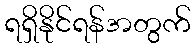
ရရှိနိုင်ရန်အတွက်